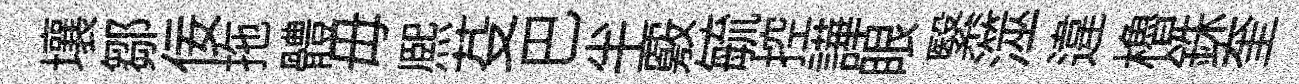
壤鄒佞拖體毋熈芟巴半覈毓控譁眼繄澨違櫓銖奎